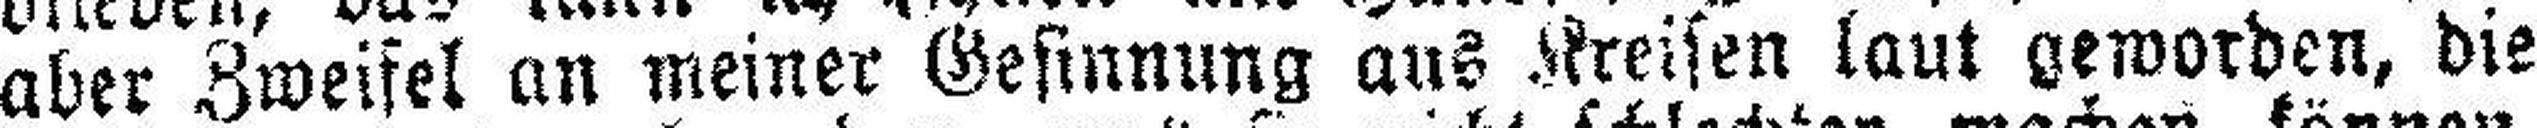
aber Zweifel an meiner Gesinnung aus Kreisen laut geworden, die